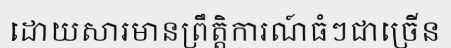
ដោយសារមានព្រឹត្តិការណ៍ធំៗជាច្រើន